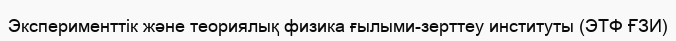
Эксперименттік және теориялық физика ғылыми-зерттеу институты (ЭТФ ҒЗИ)